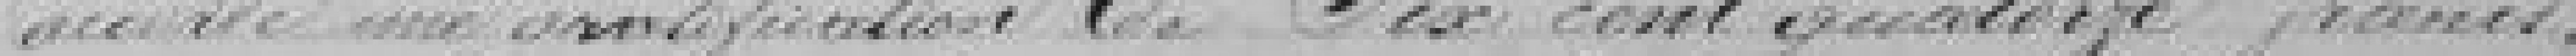
accorde une gratification de Six cent quatorze francs